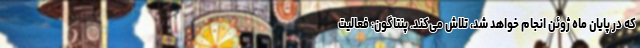
که در پایان ماه ژوئن انجام خواهد شد، تلاش می‌کند. پنتاگون: فعالیت